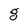
Character: g